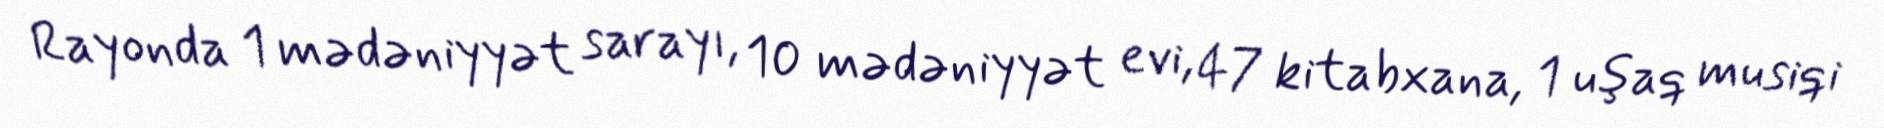
Rayonda 1 mədəniyyət sarayı, 10 mədəniyyət evi, 47 kitabxana, 1 uşaq musiqi